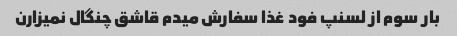
بار سوم از لسنپ فود غذا سفارش میدم قاشق چنگال نمیزارن